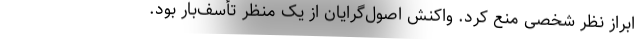
ابراز نظر شخصی منع کرد. واکنش اصول‌گرایان از یک منظر تأسف‌بار بود.